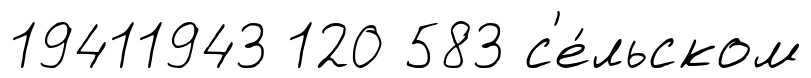
19411943 120 583 с'е́льском